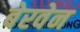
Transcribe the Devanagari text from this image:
बेरवेन